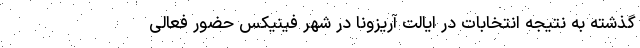
گذشته به نتیجه انتخابات در ایالت آریزونا در شهر فینیکس حضور فعالی